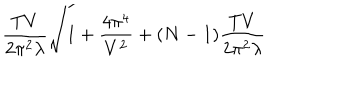
\frac { T V } { 2 \pi ^ { 2 } \lambda } \sqrt { 1 + \frac { 4 \pi ^ { 4 } } { V ^ { 2 } } } + ( N - 1 ) \frac { T V } { 2 \pi ^ { 2 } \lambda }